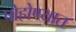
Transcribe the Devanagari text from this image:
पोहोण्यात